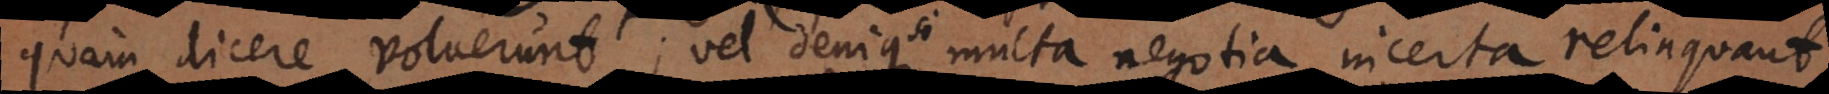
Â sententia); vel denique multa negotia incerta relinquant